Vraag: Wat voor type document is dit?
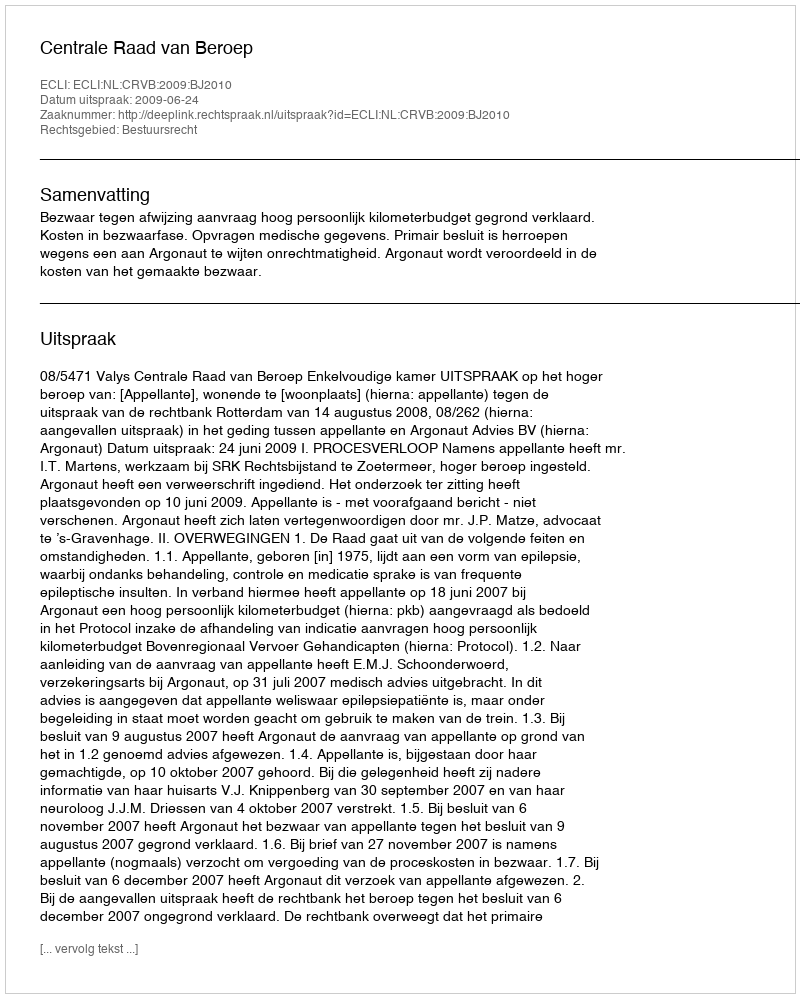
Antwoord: Uitspraak